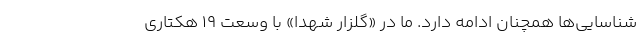
شناسایی‌ها همچنان ادامه دارد. ما در «گلزار شهدا» با وسعت ۱۹ هکتاری